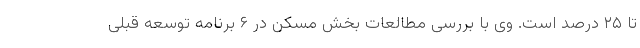
تا ۲۵ درصد است. وی با بررسی مطالعات بخش مسکن در ۶ برنامه توسعه قبلی